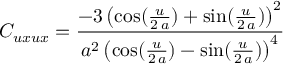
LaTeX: C _ { u x u x } = { \frac { - 3 \, { { \left( \cos ( { \frac { u } { 2 \, a } } ) + \sin ( { \frac { u } { 2 \, a } } ) \right) } ^ { 2 } } } { { a ^ { 2 } } \, { { \left( \cos ( { \frac { u } { 2 \, a } } ) - \sin ( { \frac { u } { 2 \, a } } ) \right) } ^ { 4 } } } }